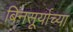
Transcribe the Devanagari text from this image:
बिनसूर्याच्या